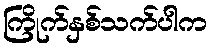
ကြိုက်နှစ်သက်ပါက